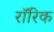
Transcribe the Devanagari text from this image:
रॉरिक